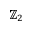
\mathbb { Z } _ { 2 }